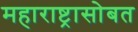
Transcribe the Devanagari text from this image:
महाराष्ट्रासोबत